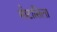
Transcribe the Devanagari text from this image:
मोटासिला